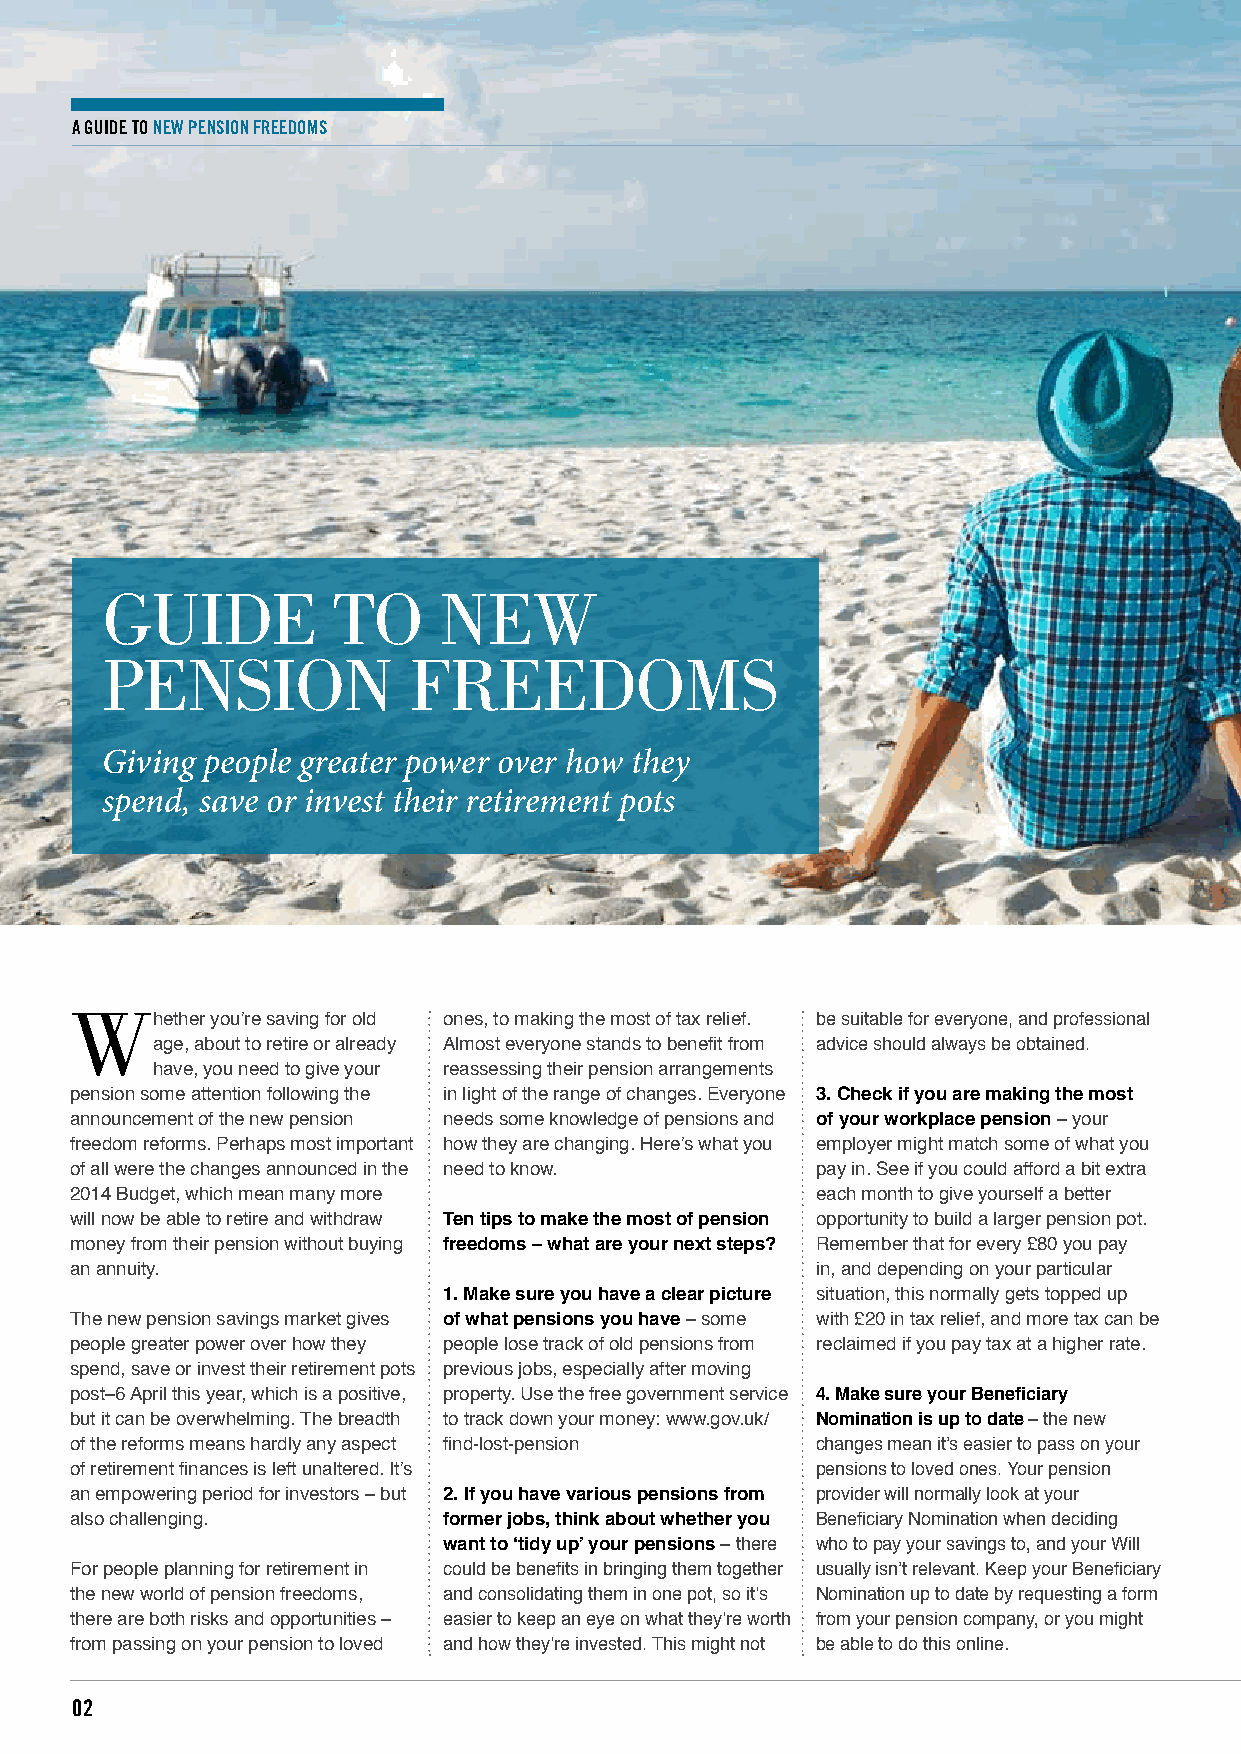
A Guide to NeW PeNsioN Freedoms
 GUide          To     New
 peNsioN             freedoms
 Giving people greater power over how they
 spend, save or invest their retirement pots
 w
 hether you’re saving for old ones, to making the most of tax relief. be suitable for everyone, and professional
 age, about to retire or already Almost everyone stands to benefit from advice should always be obtained.
 have, you need to give your reassessing their pension arrangements
 pension some attention following the in light of the range of changes. Everyone 3. Check if you are making the most
 announcement of the new pension needs some knowledge of pensions and of your workplace pension – your
 freedom reforms. Perhaps most important how they are changing. Here’s what you employer might match some of what you
 of all were the changes announced in the need to know. pay in. See if you could afford a bit extra
 2014 Budget, which mean many more                each month to give yourself a better
 will now be able to retire and withdraw Ten tips to make the most of pension opportunity to build a larger pension pot.
 money from their pension without buying freedoms – what are your next steps? Remember that for every £80 you pay
 an annuity.                                      in, and depending on your particular
 1. Make sure you have a clear picture situation, this normally gets topped up
 The new pension savings market gives of what pensions you have – some with £20 in tax relief, and more tax can be
 people greater power over how they people lose track of old pensions from reclaimed if you pay tax at a higher rate.
 spend, save or invest their retirement pots previous jobs, especially after moving
 post–6 April this year, which is a positive, property. Use the free government service 4. Make sure your Beneficiary
 but it can be overwhelming. The breadth to track down your money: www.gov.uk/ Nomination is up to date – the new
 of the reforms means hardly any aspect find-lost-pension changes mean it’s easier to pass on your
 of retirement finances is left unaltered. It’s   pensions to loved ones. Your pension
 an empowering period for investors – but 2. If you have various pensions from provider will normally look at your
 also challenging.       former jobs, think about whether you Beneficiary Nomination when deciding
 want to ‘tidy up’ your pensions – there who to pay your savings to, and your Will
 For people planning for retirement in could be benefits in bringing them together usually isn’t relevant. Keep your Beneficiary
 the new world of pension freedoms, and consolidating them in one pot, so it’s Nomination up to date by requesting a form
 there are both risks and opportunities – easier to keep an eye on what they’re worth from your pension company, or you might
 from passing on your pension to loved and how they’re invested. This might not be able to do this online.
 02